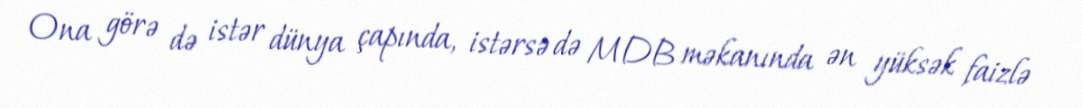
Ona görə də istər dünya çapında, istərsə də MDB məkanında ən yüksək faizlə